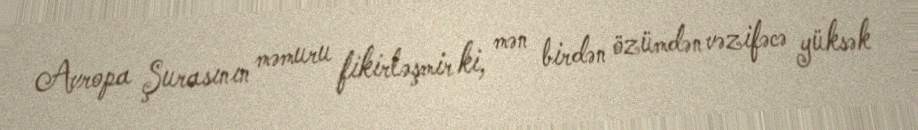
Avropa Şurasının məmuru fikirləşmir ki, mən birdən özümdən vəzifəcə yüksək